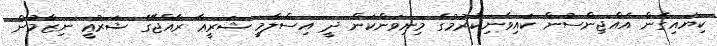
ކިޔައިގެން އެއްޖިންސުން ކައިވެނިކުރުމުގެ މިނިވަންކަން ދީ އިސްލާމީ ޝަރީޢާ ރާއްޖޭގެ ޝަރުޢީ ނިޒާމުން